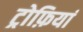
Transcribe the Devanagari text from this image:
ट्रोफ़ियां